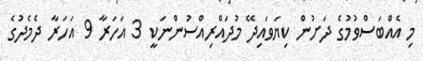
މި އެއްބަސްވުމުގެ ދަށުން ކިޔަވައިދޭ މުދައްރިއްސުންނަކީ 3 އަހަރާ 9 އަހަރާ ދެމެދުގެ